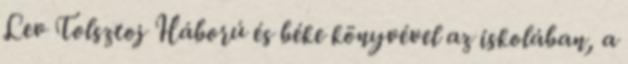
Lev Tolsztoj Háború és béke könyvével az iskolában, a